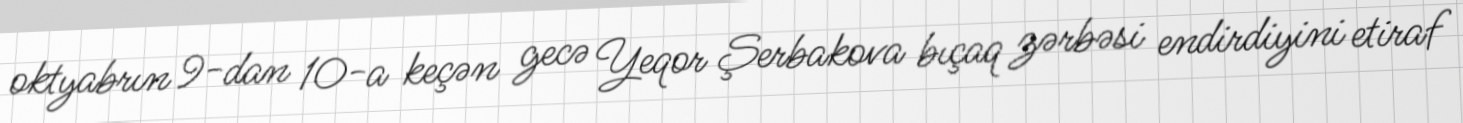
oktyabrın 9-dan 10-a keçən gecə Yeqor Şerbakova bıçaq zərbəsi endirdiyini etiraf